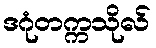
ဒဂုံတက္ကသိုလ်